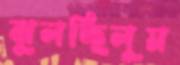
ঝুলচ্ছিলুম